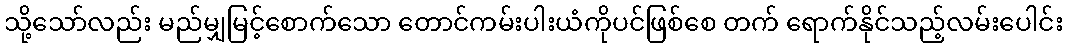
သို့သော်လည်း မည်မျှမြင့်စောက်သော တောင်ကမ်းပါးယံကိုပင်ဖြစ်စေ တက် ရောက်နိုင်သည့်လမ်းပေါင်း